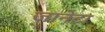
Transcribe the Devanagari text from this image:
जानेटा